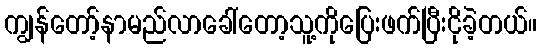
ကျွန်တော့်နာမည်လာခေါ်တော့သူ့ကိုပြေးဖက်ပြီးငိုခဲ့တယ်။